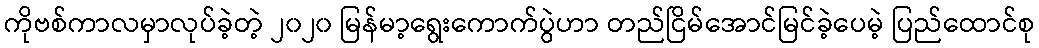
ကိုဗစ်ကာလမှာလုပ်ခဲ့တဲ့ ၂၀၂၀ မြန်မာ့ရွေးကောက်ပွဲဟာ တည်ငြိမ်အောင်မြင်ခဲ့ပေမဲ့ ပြည်ထောင်စု